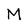
Character: M